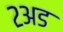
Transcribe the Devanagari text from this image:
२अड